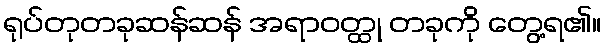
ရုပ်တုတခုဆန်ဆန် အရာဝတ္ထု တခုကို တွေ့ရ၏။